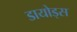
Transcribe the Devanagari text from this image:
डायोड्स